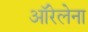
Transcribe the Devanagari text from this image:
ऑरेलेना